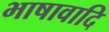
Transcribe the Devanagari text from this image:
भाषावादि